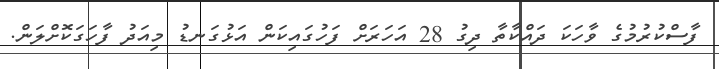
ފާސްކުރުމުގެ ވާހަކަ ދައްކާތާ ދިގު 28 އަހަރަށް ފަހުގައިކަން އަޅުގަނޑު މިއަދު ފާހަގަކޮށްލަން.